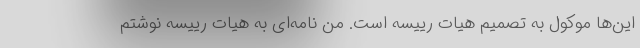
این‌ها موکول به تصمیم هیات رییسه است. من نامه‌ای به هیات رییسه نوشتم